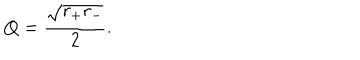
Q = { \frac { \sqrt { r _ { + } r _ { - } } } { 2 } } .